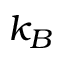
k _ { B }